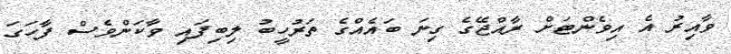
ވާއިރު އެ އިވެންޓަށް ރާއްޖޭގެ ގިނަ ބައެއްގެ ތަރުހީބު ލިބިފައި ވާކަންވެސް ފާހަގަ